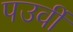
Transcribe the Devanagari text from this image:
पउर्वी